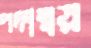
পদান্বয়